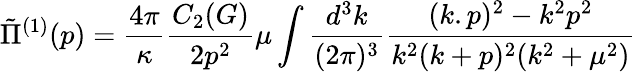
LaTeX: \tilde{\Pi}^{(1)}(p)=\frac{4\pi}{\kappa}\frac{C_{2}(G)}{2p^{2}}\mu\int\frac{d^{3}k}{(2\pi)^{3}}\frac{(k.p)^{2}-k^{2}p^{2}}{k^{2}(k+p)^{2}(k^{2}+\mu^{2})}